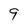
Character: 9